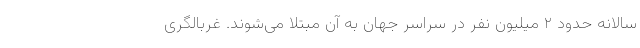
سالانه حدود ۲ میلیون نفر در سراسر جهان به آن مبتلا می‌شوند. غربالگری